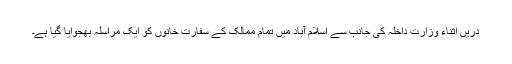
دریں اثناء وزارت داخلہ کی جانب سے اسلام آباد میں تمام ممالک کے سفارت خانوں کو ایک مراسلہ بھجوایا گیا ہے۔